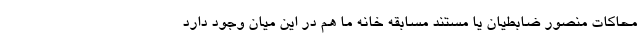
محاکات منصور ضابطیان یا مستند مسابقه خانه ما هم در این میان وجود دارد